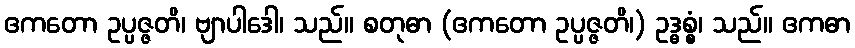
ဧကတော ဥပ္ပဇ္ဇတိ၊ ဗျာပါဒေါ၊ သည်။ စတုဓာ (ဧကတော ဥပ္ပဇ္ဇတိ၊) ဥဒ္ဓစ္စံ၊ သည်။ ဧကဓာ